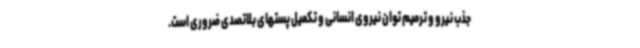
جذب نیرو و ترمیم توان نیروی انسانی و تکمیل پستهای بلاتصدی ضروری است.